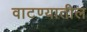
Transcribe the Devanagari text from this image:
वाटण्यातील